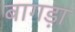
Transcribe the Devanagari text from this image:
बागड़ा